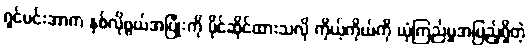
ရှင်မင်းအာက နှစ်လိုဖွယ်အပြုံးကို ပိုင်ဆိုင်ထားသလို ကိုယ့်ကိုယ်ကို ယုံကြည်မှုအပြည့်ရှိတဲ့